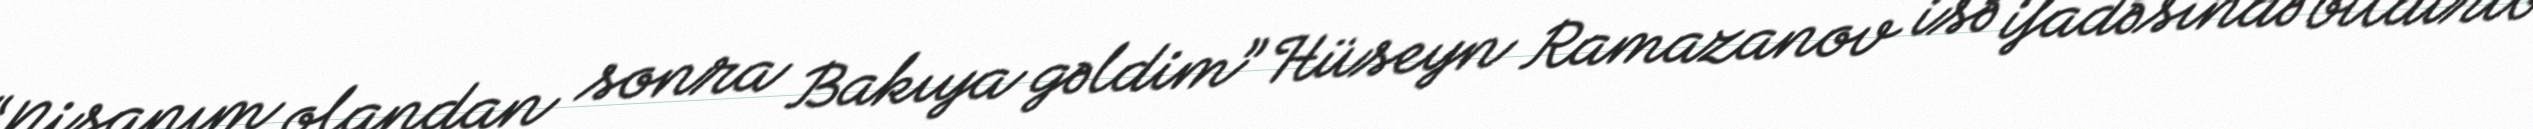
“Nişanım olandan sonra Bakıya gəldim” Hüseyn Ramazanov isə ifadəsində bildirib